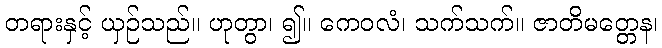
တရားနှင့် ယှဉ်သည်။ ဟုတွာ၊ ၍။ ကေဝလံ၊ သက်သက်။ ဇာတိမတ္တေန၊